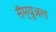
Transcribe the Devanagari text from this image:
सॅम्यूअल